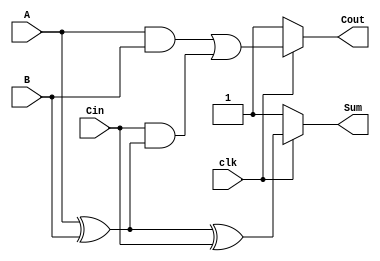
module dynamic_full_adder (
    input wire A,
    input wire B,
    input wire Cin,
    input wire clk,
    output wire Sum,
    output wire Cout
);

    // Intermediate signals
    wire AB, AB_Cin, A_xor_B, Precharge_Sum, Precharge_Cout;

    // Dynamic logic implementation
    // Precharge phase
    assign Precharge_Sum = ~(clk) ? 1 : Sum;  // During clk = 0, precharge Sum to 1
    assign Precharge_Cout = ~(clk) ? 1 : Cout; // During clk = 0, precharge Cout to 1

    // Evaluate phase
    generate // Dynamic logic
        // Sum calculation: Sum = A  B  Cin
        assign A_xor_B = A ^ B;

        // Sum computation: Sum = (A  B)  Cin
        assign Sum = (clk) ? (A_xor_B ^ Cin) : Precharge_Sum;

        // Cout calculation: Cout = (A & B) | (Cin & (A  B))
        assign AB = A & B;
        assign AB_Cin = Cin & A_xor_B;

        // Dynamic OR for Cout
        assign Cout = (clk) ? (AB | AB_Cin) : Precharge_Cout;
    endgenerate

endmodule